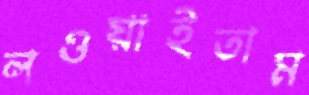
লওয়াইতাম